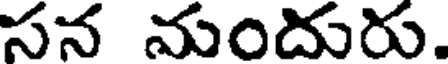
సన మందురు.